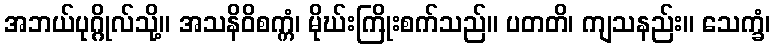
အဘယ်ပုဂ္ဂိုလ်သို့။ အသနိဝိစက္ကံ၊ မိုဃ်းကြိုးစက်သည်။ ပတတိ၊ ကျသနည်း။ သေက္ခံ၊